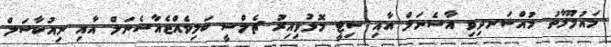
މައުލޫމާތު މުއްސަނދިވި އާސެނަލް އާއި ސިޓީ މޮޅުވިއިރު ޗެލްސީ ބަލިވެއްޖެއާސެނަލް އާއި ނިއުކާސަލް